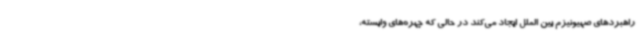
راهبردهای صهیونیزم بین الملل ایجاد می‌کند در حالی که چهره‌های وابسته،